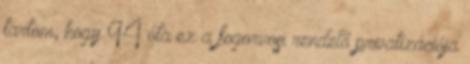
tartom, hogy 94 óta ez a fogorvosi rendelő privatizációja